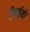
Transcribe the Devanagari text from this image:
उँचाईयों